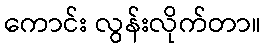
ကောင်း လွန်းလိုက်တာ။